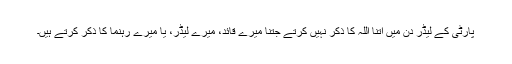
پارٹی کے لیڈر دن میں اتنا اللہ کا ذکر نہیں کرتے جتنا میرے قائد، میرے لیڈر، یا میرے رہنما کا ذکر کرتے ہیں۔